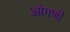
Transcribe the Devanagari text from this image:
आंगणीं